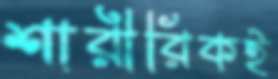
শারীরিকই